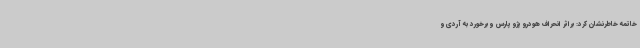
خاتمه خاطرنشان کرد: براثر انحراف هودرو پژو پارس و برخورد به آردی و